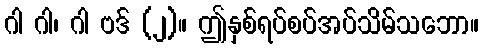
ဂါ ဂါ၊ ဂါ ဗဒ် (၂)။ ဤနှစ်ရပ်စပ်အပ်သိမ်သဘော။